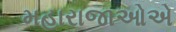
મહારાજાઓએ